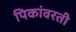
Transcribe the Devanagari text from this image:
पिकांवरती